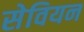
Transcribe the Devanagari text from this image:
सेवियन